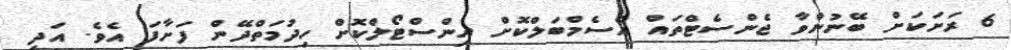
6 ރަށަކަށް ބޭނުންވާ ޖެންސެޓްތައް އެސެމްބަލްކޮށް އިންސްޓޯލްކޮށް ހިދުމަތްދޭން ފަށާފަ އެވެ. އަދި